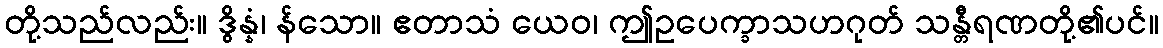
တို့သည်လည်း။ ဒွိန္နံ၊ န်သော။ ဧတာသံ ယေဝ၊ ဤဥပေက္ခာသဟဂုတ် သန္တီရဏတို့၏ပင်။